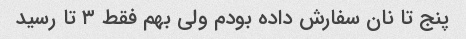
پنج تا نان سفارش داده بودم ولی بهم فقط ۳ تا رسید